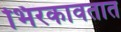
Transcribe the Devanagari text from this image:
भिरकावतात